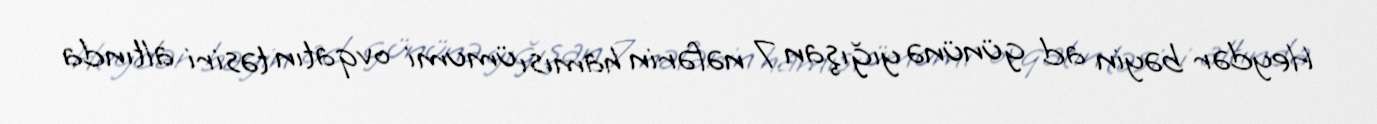
Heydər bəyin ad gününə yığışan 7 nəfərin hamısı ümumi ovqatın təsiri altında